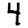
Digit: 4